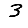
Digit: 3